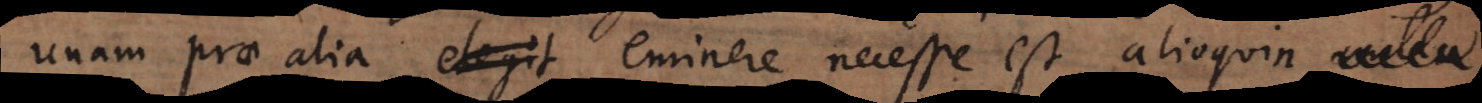
unam prae alia elegit eminere necesse est, alioquin